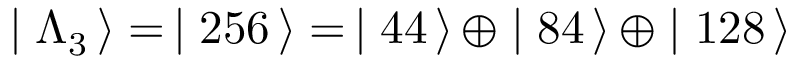
\mid \Lambda _ { 3 } \, \rangle = \, \mid 2 5 6 \, \rangle = \, \mid 4 4 \, \rangle \, \oplus \mid 8 4 \, \rangle \, \oplus \mid 1 2 8 \, \rangle